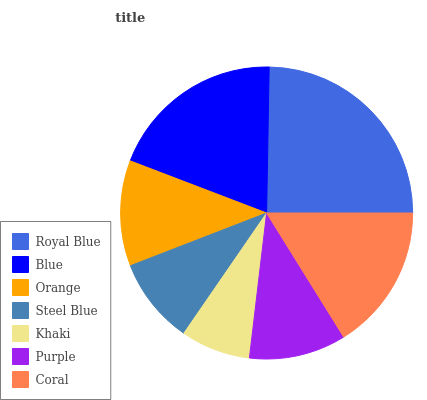
| Royal Blue | Blue | Orange | Steel Blue | Khaki | Purple | Coral |
 | --- | --- | --- | --- | --- | --- | --- |
 | 24.7% | 19.5% | 11.7% | 9.55% | 7.73% | 10.7% | 16.1% |